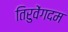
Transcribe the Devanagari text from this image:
तिरुवेंगदम